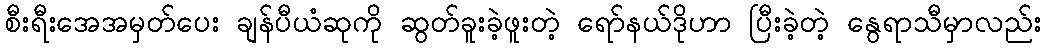
စီးရီးအေအမှတ်ပေး ချန်ပီယံဆုကို ဆွတ်ခူးခဲ့ဖူးတဲ့ ရော်နယ်ဒိုဟာ ပြီးခဲ့တဲ့ နွေရာသီမှာလည်း